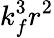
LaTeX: k_{f}^{3}r^{2}